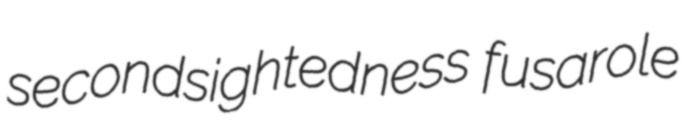
secondsightedness fusarole